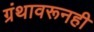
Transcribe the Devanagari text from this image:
ग्रंथावरूनही